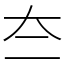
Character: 夳